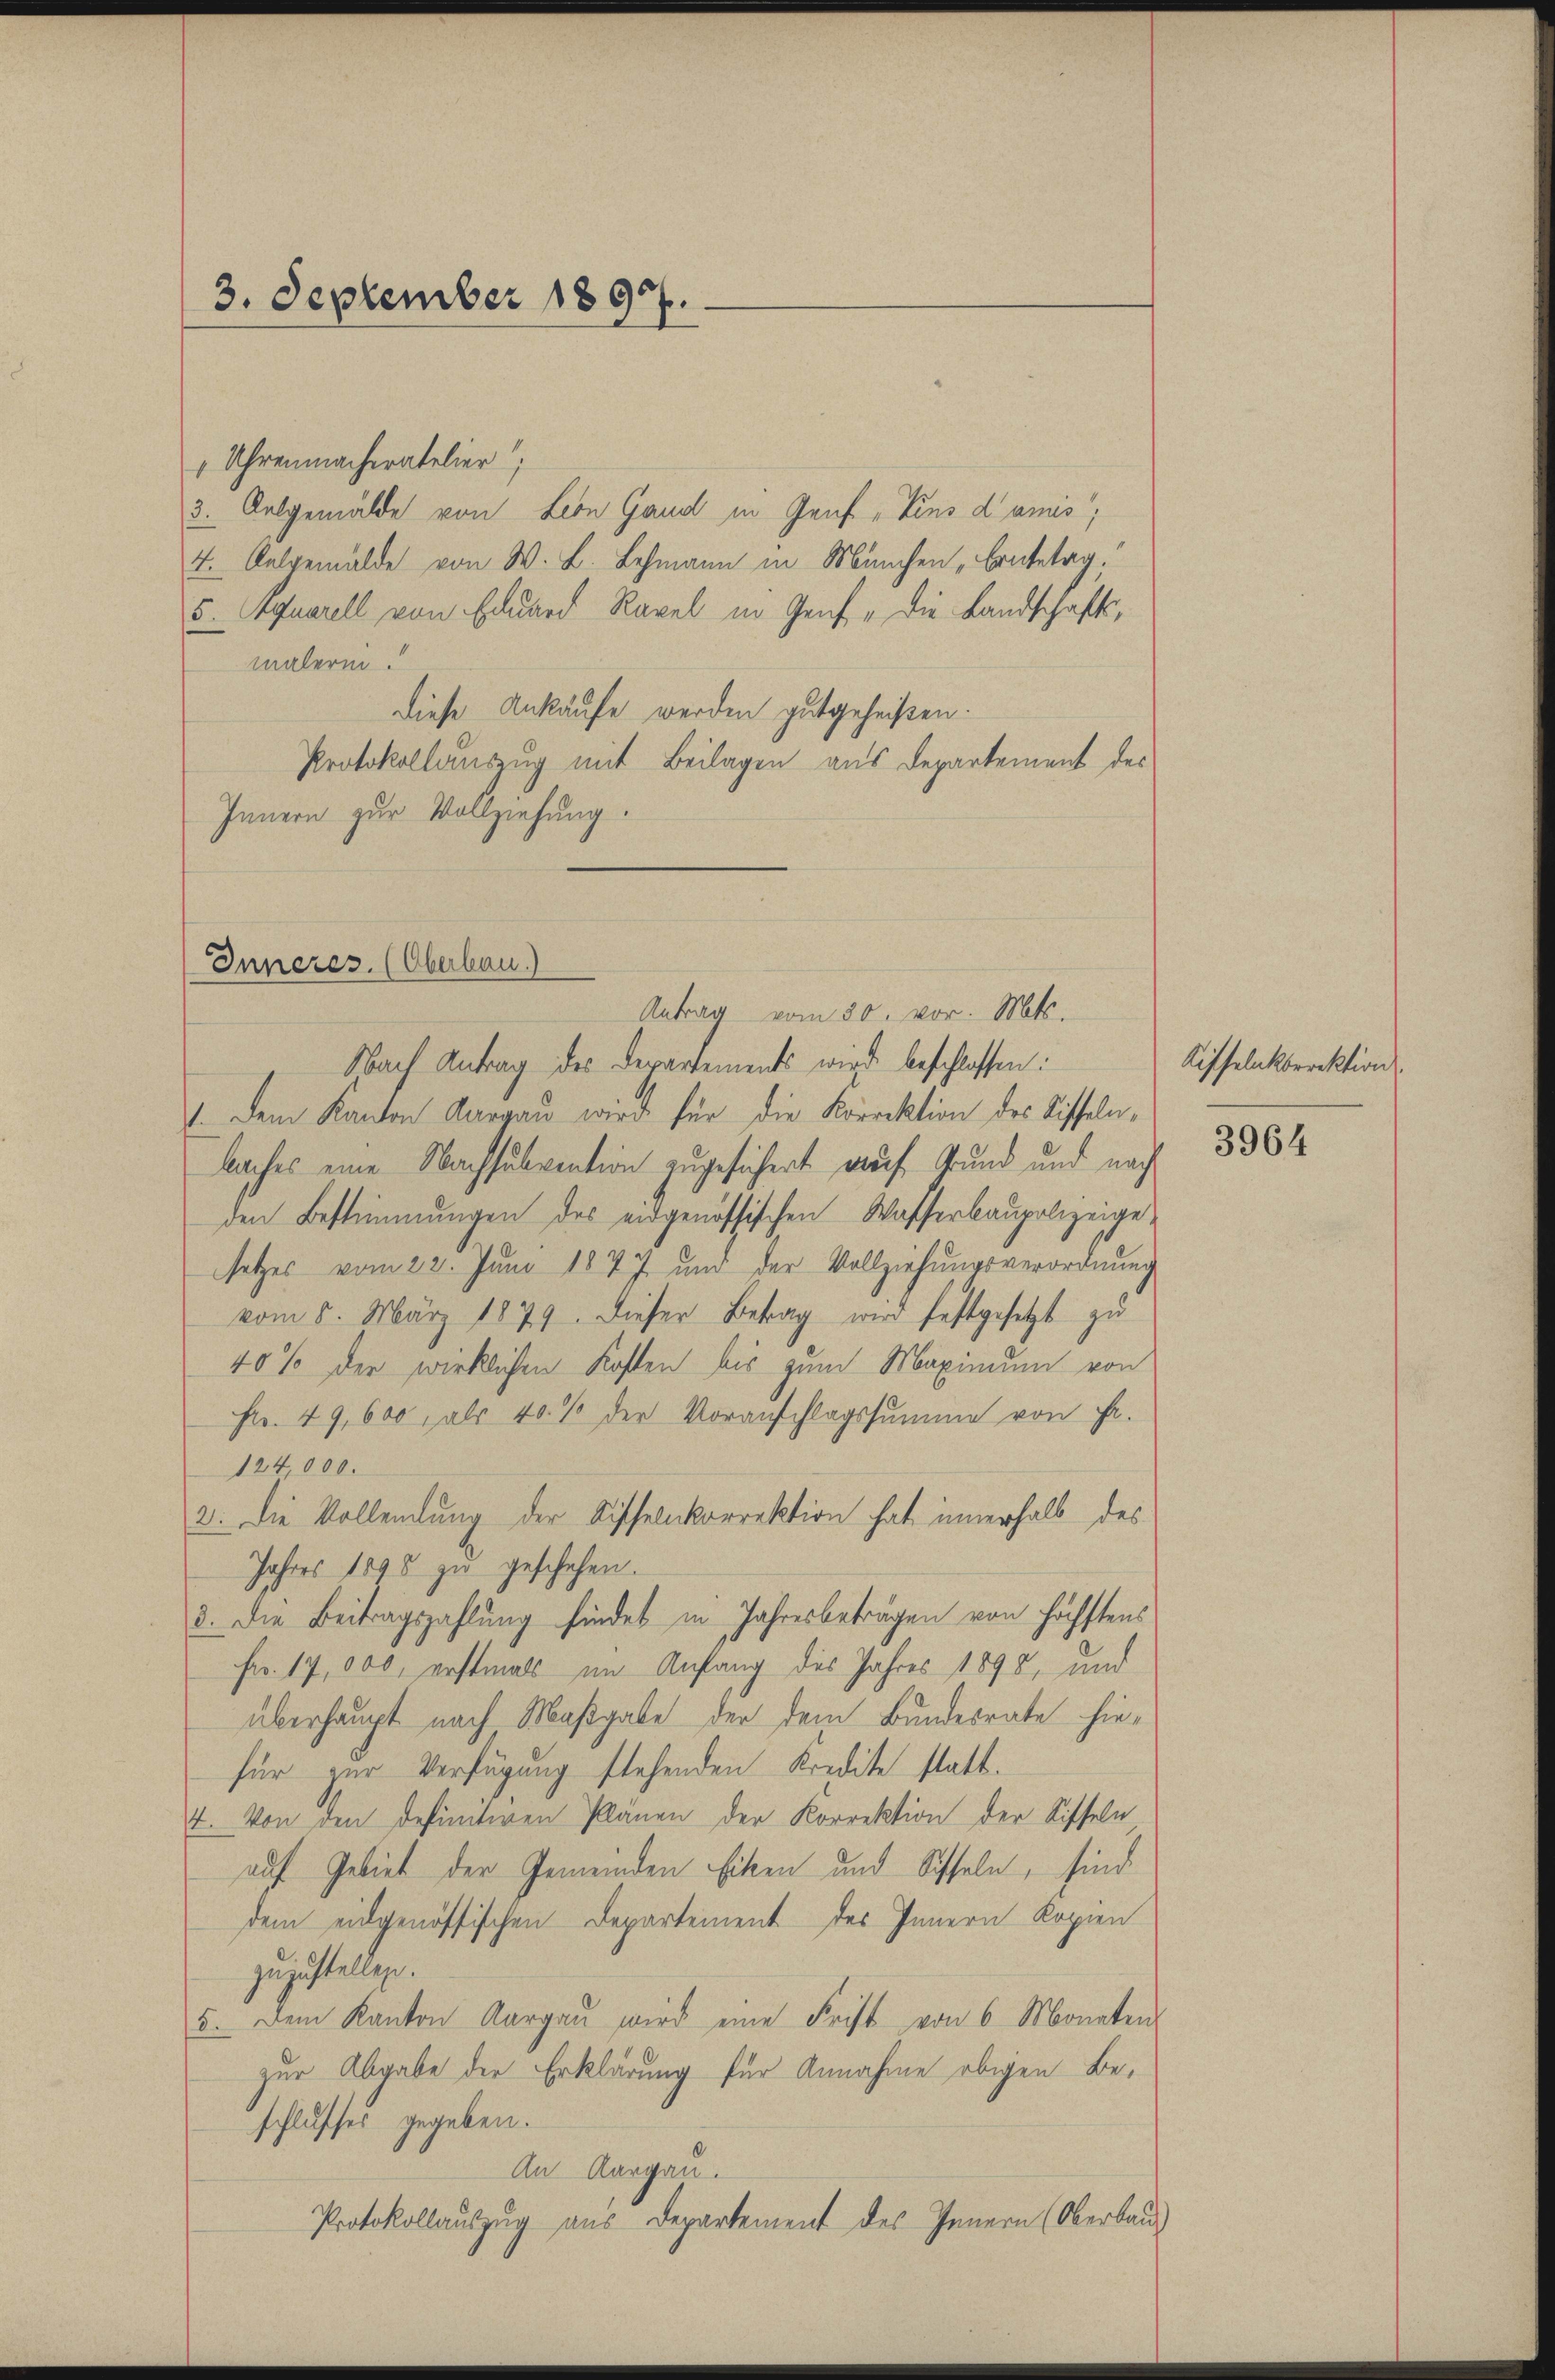
3. September 1897.

1 Uhrenmacheratelier
3. Oelgemälde von Leon Gand in Genf, Zins d’amis,
7. Galgemälde von W. L. Lehmann in München „Contetag,
5. Aquarell von Eduard Ravel in Genf „Die Landschaftsmalerin.
Diese Ankäufe werden gutgeheißen.
Protokollauszug mit Beilagen aus Departement des
Innern zur Vollziehung.

Inneres. (Oberbau.)
Antrag vom 30. vor. Mts.
Nach Antrag des derartements wird beschlossen:

1. Dem Kanton Aargaŭ wird für die Korrektion des Riffeln,
baches eine Nachsubvention zugesichert auf Grund und nach
den Bestimmungen des eidgenössischen Wasserbaupolizeige-
setzes vom 22. Jŭni 1877 und der Vollziehŭngsverordnŭng
vom 5. März 1879. Dieser Betrag wird festgesetzt zu
40% der wirklichen Kosten bis zum Maximum von
Fr. 49,600, als 40% der Voranschlagssumme von Fr.
124,000.
2: Die Vollendung der Fischenkorrektion hat innerhalb des
Jahres 1898 zu geschehen.
d. Die Beitragszahlung findet in Jahresbeträgen von höchstens
Fro. 17,000. erstmals im Anfang des Jahres 1898, und
überhaupt nach Maßgabe der dem Bundesrate hiefür zur Verfügung stehenden Kredite statt.
4. Von den definitiven Plänen der Korrektion der Riffeln,
auf Gebiet der Gemeinden Eiten und Sisseln, sind
dem eidgenössischen Departement des Innern Kopien
zuzustellen.
5. Dem Kanton Aargaŭ wird eine Frist von 6 Monaten
zur Abgabe der Erklärung für Annahme obigen Beschlusses gegeben.
An Aargau.
Protokollauszug aus Departement des Innern (Oberbau

Riffelnkdirektion
3964